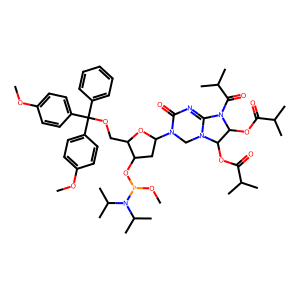
SMILES: COc1ccc(C(OCC2OC(N3CN4C(=NC3=O)N(C(=O)C(C)C)C(OC(=O)C(C)C)C4OC(=O)C(C)C)CC2OP(OC)N(C(C)C)C(C)C)(c2ccccc2)c2ccc(OC)cc2)cc1
Inhibits HIV replication: No